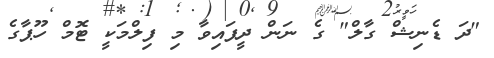
"ދަ ޑެނިޝް ގާލް" ގެ ނަން ދީފައިވާ މި ފިލްމަކީ ޓޮމް ހޫޕާގެ